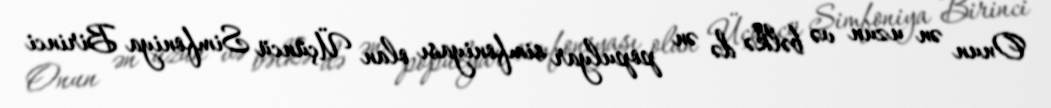
Onun ən uzun və bəlkə də ən populyar simfoniyası olan Üçüncü Simfoniya Birinci